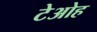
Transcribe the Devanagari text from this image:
टेओह